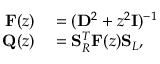
\begin{array} { r l } { \mathbf { F } ( z ) } & { { } = ( \mathbf { D } ^ { 2 } + z ^ { 2 } \mathbf { I } ) ^ { - 1 } } \\ { \mathbf { Q } ( z ) } & { { } = \mathbf { S } _ { R } ^ { T } \mathbf { F } ( z ) \mathbf { S } _ { L } , } \end{array}